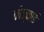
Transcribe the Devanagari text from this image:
कोक्काई